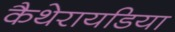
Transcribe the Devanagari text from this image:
कैथेरायडिया